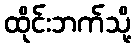
ထိုင်းဘက်သို့